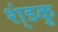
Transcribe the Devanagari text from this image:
श्ंडकु